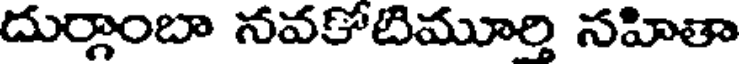
దుర్గాంబా నవకోటిమూర్తి నహితా